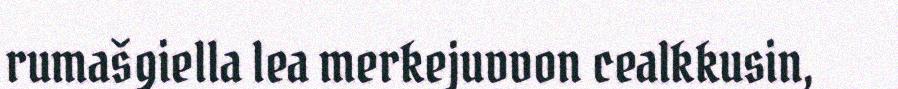
rumašgiella lea merkejuvvon cealkkusin,